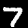
Digit: 7